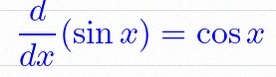
\frac{d}{dx}(\sin x)=\cos x